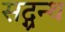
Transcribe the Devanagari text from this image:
सद्ग्रन्थ